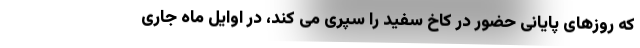
که روزهای پایانی حضور در کاخ سفید را سپری می کند، در اوایل ماه جاری